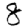
Digit: 8